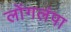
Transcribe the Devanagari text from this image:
लोंगलंपा